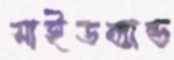
সাইডব্যান্ড